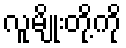
လူမျိုးတို့ကို